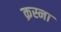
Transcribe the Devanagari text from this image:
क्रस्ना